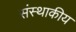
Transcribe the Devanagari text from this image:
संस्थाकीय